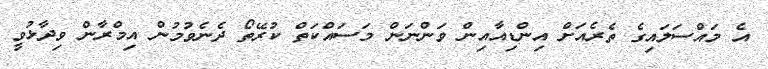
އެ މައްސަލައިގެ ތެރެއަށް އިންޑިއާއިން ވަންނަން މަސައްކަތް ކުރޭތޯ ދެނެވުމުން އިމްރާން ވިދާޅުވީ